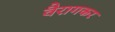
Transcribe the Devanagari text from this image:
वैरागकर